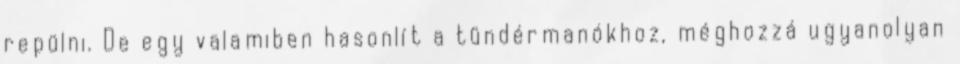
repülni. De egy valamiben hasonlít a tündérmanókhoz, méghozzá ugyanolyan